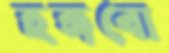
হঙ্গবো